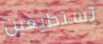
تستطيعين